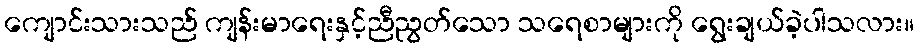
ကျောင်းသားသည် ကျန်းမာရေးနှင့်ညီညွတ်သော သရေစာများကို ရွေးချယ်ခဲ့ပါသလား။